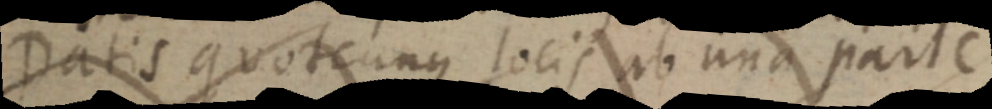
Datis quotcunque locis ab una parte